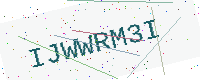
Text: IJWWRM3I